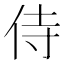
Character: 侍